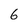
Character: 6